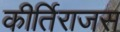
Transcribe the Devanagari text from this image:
कीर्तिराजस